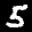
Label: 5